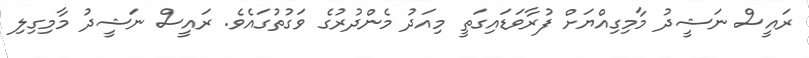
ރައީސް ނަޝީދު މާމިގިއްޔަށް ފުރާވަޑައިގަތީ މިއަދު މެންދުރުގެ ވަގުތުގައެވެ. ރައީސް ނަޝީދު މާމިގިލި